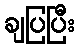
ချပြပြီး